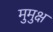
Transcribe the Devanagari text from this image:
मुुमुक्ष